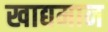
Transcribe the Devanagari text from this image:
खाद्यमान